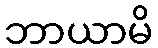
ဘာယာမိ